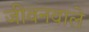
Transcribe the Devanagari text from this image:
जीवनवाले